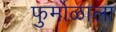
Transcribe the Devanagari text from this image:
फुर्मोळाला